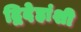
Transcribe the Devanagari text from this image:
द्विदेहांशी